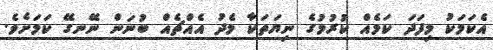
އެކަމަކު މިފަދަ ކަމެއް ކުރުމުގެ ނިޔަތަކާ މެދު އެއްޗެއް ބުނަން ނޭނގޭ ކަމަށެވެ.